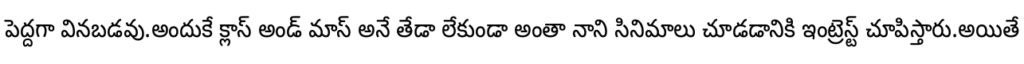
పెద్దగా వినబడవు.అందుకే క్లాస్ అండ్ మాస్ అనే తేడా లేకుండా అంతా నాని సినిమాలు చూడడానికి ఇంట్రెస్ట్ చూపిస్తారు.అయితే